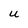
Character: U